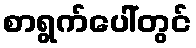
စာရွက်ပေါ်တွင်